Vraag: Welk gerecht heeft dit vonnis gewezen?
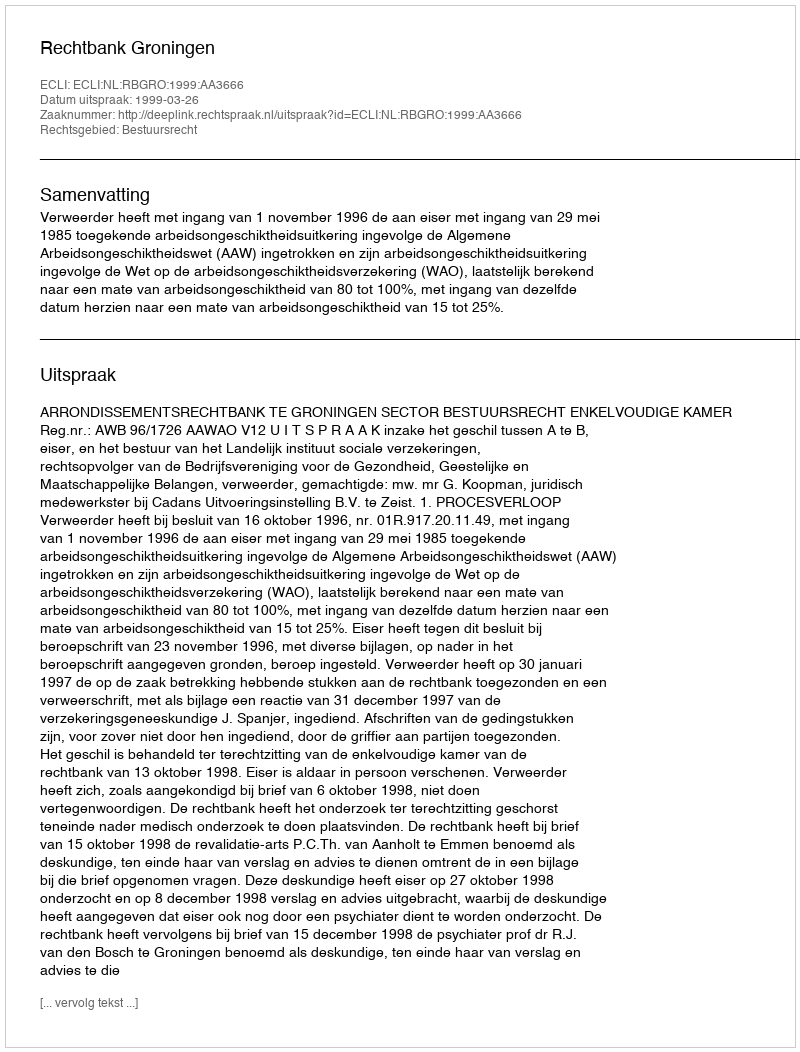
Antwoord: Rechtbank Groningen